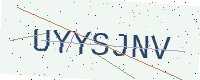
Text: UYYSJNV